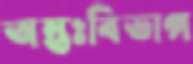
অন্তঃবিভাগ